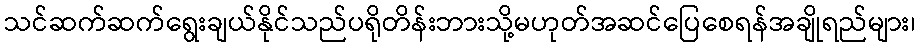
သင်ဆက်ဆက်ရွေးချယ်နိုင်သည်ပရိုတိန်းဘားသို့မဟုတ်အဆင်ပြေစေရန်အချိုရည်များ၊